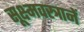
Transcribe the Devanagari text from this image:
सूक्ष्मवस्त्रानें